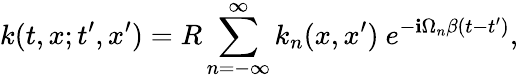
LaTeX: k(t,x;t^{\prime},x^{\prime})=R\sum_{n=-\infty}^{\infty}k_{n}(x,x^{\prime})\ e^{-\mathbf{i}\Omega_{n}\beta(t-t^{\prime})},